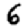
Digit: 6